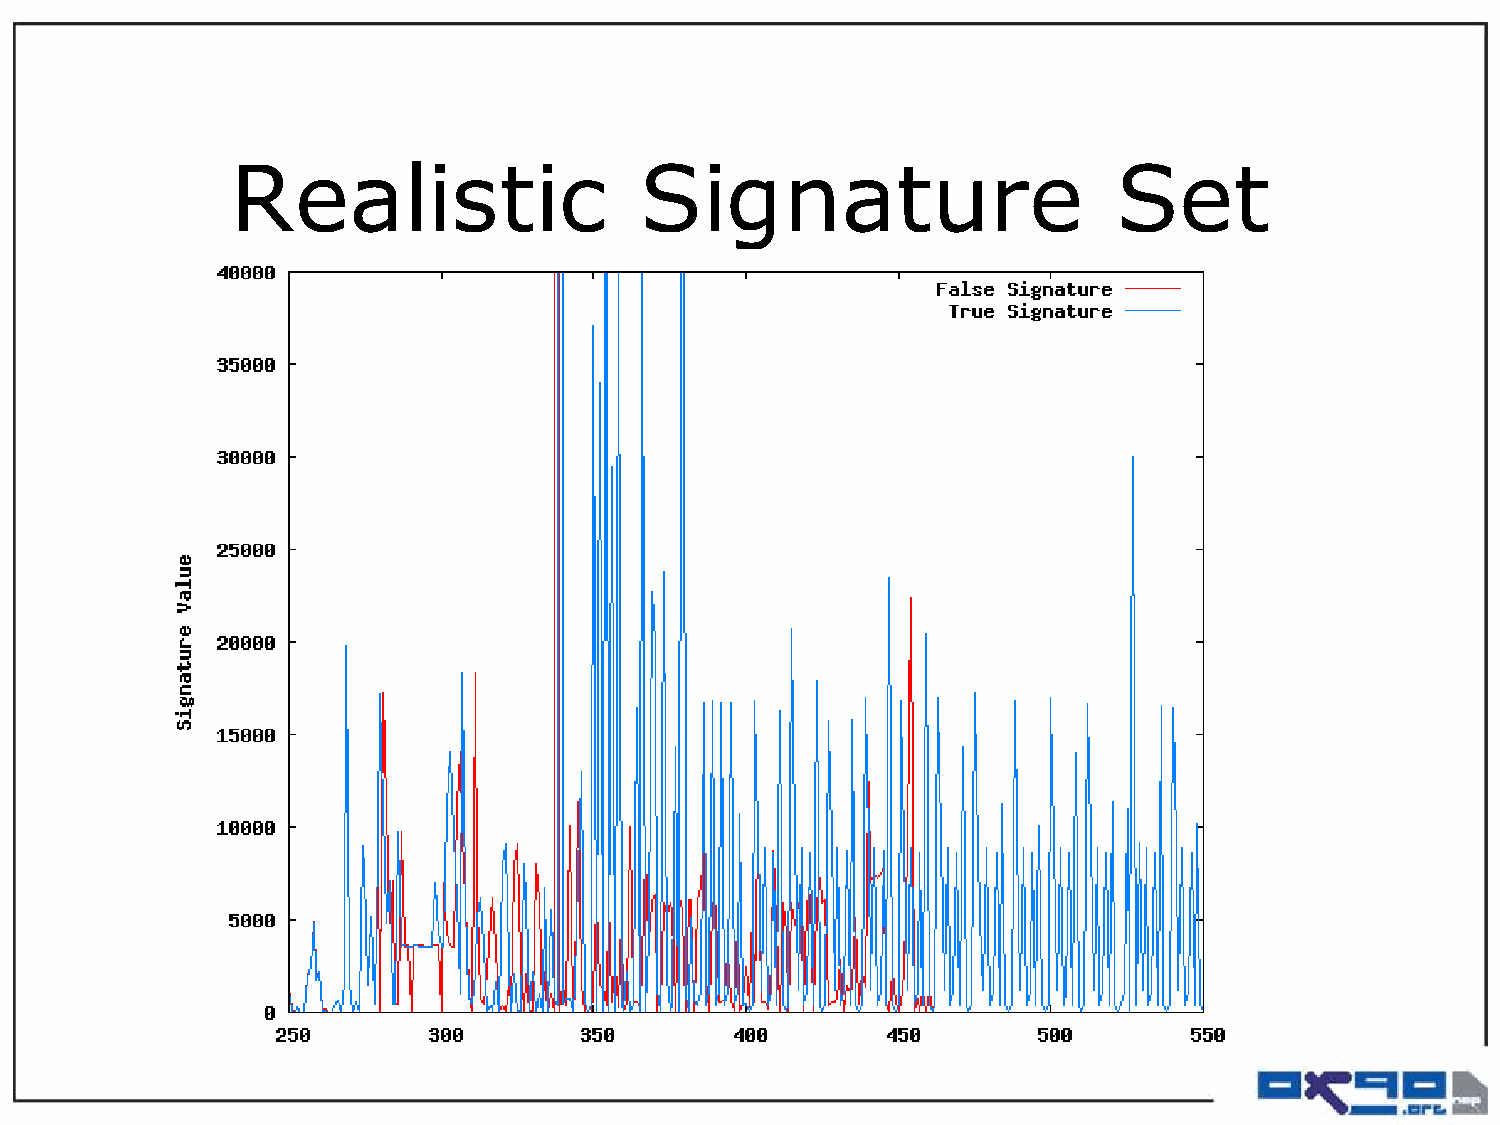
Realistic                  Signature                       Set